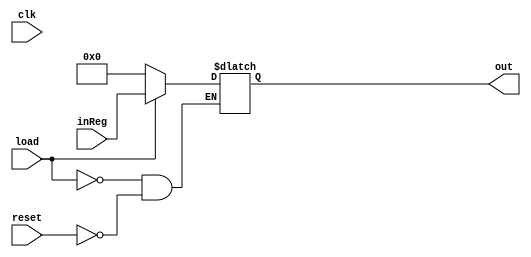
module Register(load, clk, reset, out, inReg);

//parameter N = 31;

input [31:0] inReg;
input load;
input clk;
input reset;

output reg [31:0] out;

//posedge clk or posedge reset

always @(*)

if(load == 1)
out <= inReg;
else if(reset == 1)
out <= 32'b0;

endmodule 


/*
if(reset) 
	begin
	out <= 32b'0;
	end

else if(load)
	begin
	out <= inReg;
	end
*/